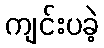
ကျင်းပခဲ့